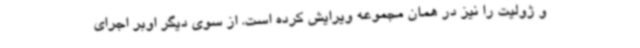
و ژولیت را نیز در همان مجموعه ویرایش کرده است. از سوی دیگر اوبر اجرای